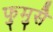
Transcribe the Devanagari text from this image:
फुमुसै